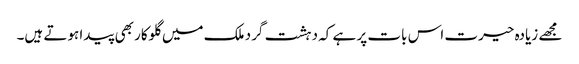
مجھے زیادہ حیرت اس بات پر ہے کہ دہشت گرد ملک میں گلوکار بھی پیدا ہوتے ہیں۔